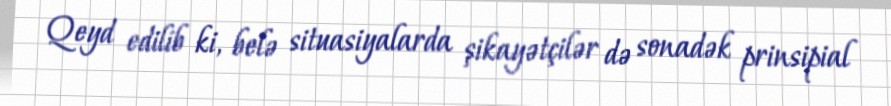
Qeyd edilib ki, belə situasiyalarda şikayətçilər də sonadək prinsipial